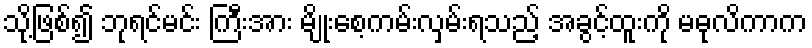
သို့ဖြစ်၍ ဘုရင်မင်း ကြီးအား မျိုးစေ့ကမ်းလှမ်းရသည့် အခွင့်ထူးကို မဓုလိကာက